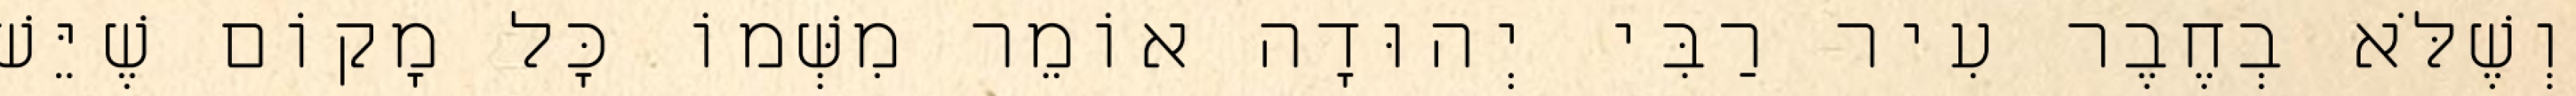
וְשֶׁלֹּא בְחֶבֶר עִיר רַבִּי יְהוּדָה אוֹמֵר מִשְּׁמוֹ כָּל מָקוֹם שֶׁיֵּשׁ